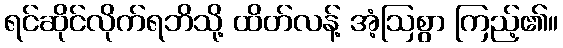
ရင်ဆိုင်လိုက်ရဘိသို့ ထိတ်လန့် အံ့ဩစွာ ကြည့်၏။